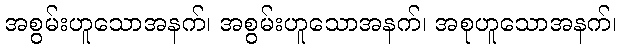
အစွမ်းဟူသောအနက်၊ အစွမ်းဟူသောအနက်၊ အစုဟူသောအနက်၊